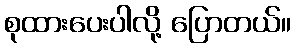
စုထားပေးပါလို့ ပြောတယ်။